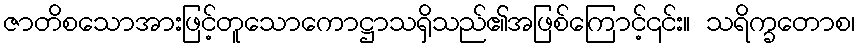
ဇာတိစသောအားဖြင့်တူသောကောဋ္ဌာသရှိသည်၏အဖြစ်ကြောင့်၎င်း။ သရိက္ခတောစ၊